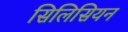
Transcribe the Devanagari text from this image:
सिलिसियन